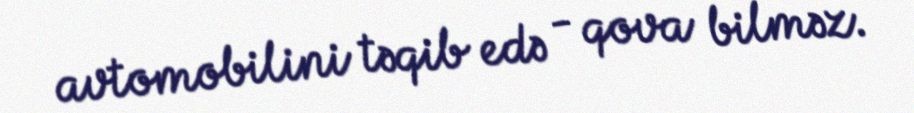
avtomobilini təqib edə - qova bilməz.